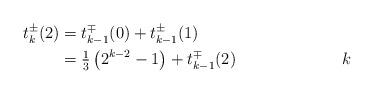
LaTeX: \begin{align*}t_k^{\pm}(2) &= t_{k-1}^{\mp}(0) + t_{k-1}^{\pm}(1) \\&= \tfrac{1}{3}\left(2^{k-2} -1\right) + t_{k-1}^{\mp}(2) & k \end{align*}